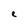
Character: e